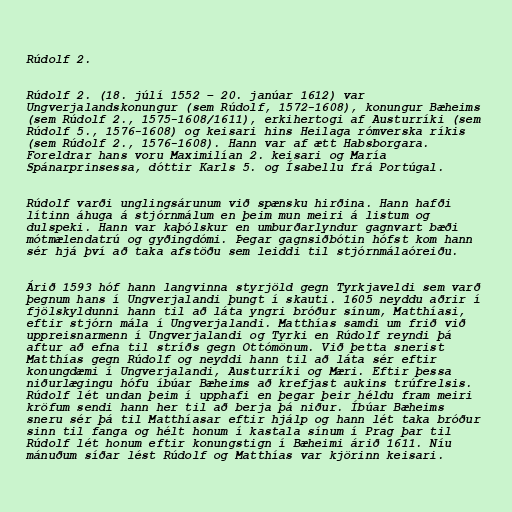
Rúdolf 2.

Rúdolf 2. (18. júlí 1552 – 20. janúar 1612) var
Ungverjalandskonungur (sem Rúdolf, 1572-1608), konungur Bæheims
(sem Rúdolf 2., 1575-1608/1611), erkihertogi af Austurríki (sem
Rúdolf 5., 1576-1608) og keisari hins Heilaga rómverska ríkis
(sem Rúdolf 2., 1576-1608). Hann var af ætt Habsborgara.
Foreldrar hans voru Maximilían 2. keisari og María
Spánarprinsessa, dóttir Karls 5. og Ísabellu frá Portúgal.

Rúdolf varði unglingsárunum við spænsku hirðina. Hann hafði
lítinn áhuga á stjórnmálum en þeim mun meiri á listum og
dulspeki. Hann var kaþólskur en umburðarlyndur gagnvart bæði
mótmælendatrú og gyðingdómi. Þegar gagnsiðbótin hófst kom hann
sér hjá því að taka afstöðu sem leiddi til stjórnmálaóreiðu.

Árið 1593 hóf hann langvinna styrjöld gegn Tyrkjaveldi sem varð
þegnum hans í Ungverjalandi þungt í skauti. 1605 neyddu aðrir í
fjölskyldunni hann til að láta yngri bróður sínum, Matthíasi,
eftir stjórn mála í Ungverjalandi. Matthías samdi um frið við
uppreisnarmenn í Ungverjalandi og Tyrki en Rúdolf reyndi þá
aftur að efna til stríðs gegn Ottómönum. Við þetta snerist
Matthías gegn Rúdolf og neyddi hann til að láta sér eftir
konungdæmi í Ungverjalandi, Austurríki og Mæri. Eftir þessa
niðurlægingu hófu íbúar Bæheims að krefjast aukins trúfrelsis.
Rúdolf lét undan þeim í upphafi en þegar þeir héldu fram meiri
kröfum sendi hann her til að berja þá niður. Íbúar Bæheims
sneru sér þá til Matthíasar eftir hjálp og hann lét taka bróður
sinn til fanga og hélt honum í kastala sínum í Prag þar til
Rúdolf lét honum eftir konungstign í Bæheimi árið 1611. Níu
mánuðum síðar lést Rúdolf og Matthías var kjörinn keisari.